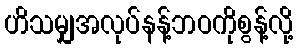
ဟိသမျှအလုပ်နန့်ဘဝကိုစွန့်လို့